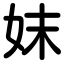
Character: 妺